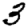
Digit: 3